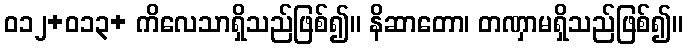
ဝ၁၂+၀၁၃+ ကိလေသာရှိသည်ဖြစ်၍။ နိဆာတော၊ တဏှာမရှိသည်ဖြစ်၍။